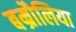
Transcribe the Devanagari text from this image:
बम्रौलिया